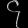
Digit: ၄